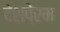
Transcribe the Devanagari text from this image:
देशपे्रम